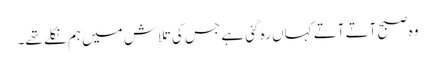
وہ صبح آتے آتے کہاں رہ گئی ہے جس کی تلاش میں ہم نکلے تھے۔